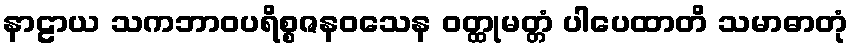
နာဠာယ သကဘာဝပရိစ္စဇနဝသေန ဝတ္ထုမတ္တံ ပါပေထာတိ သမာဓာတုံ